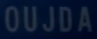
OUJDA